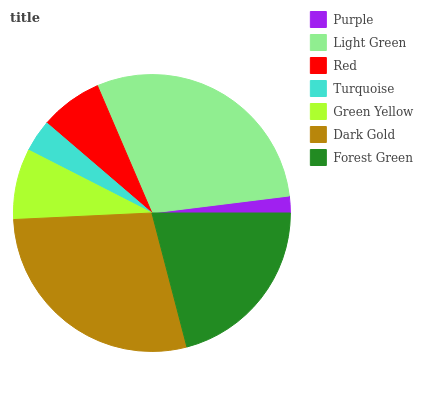
| Purple | Light Green | Red | Turquoise | Green Yellow | Dark Gold | Forest Green |
 | --- | --- | --- | --- | --- | --- | --- |
 | 1.96% | 29.4% | 7.29% | 3.77% | 8.24% | 28.3% | 21% |